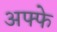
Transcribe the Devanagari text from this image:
अफ्फे